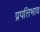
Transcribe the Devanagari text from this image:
प्रपत्तिभाव